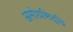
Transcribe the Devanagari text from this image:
अमोधसिद्धि